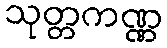
သုတ္တကဏ္ဏ